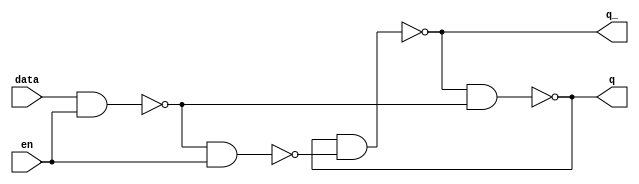
`timescale 1ns / 1ps
//////////////////////////////////////////////////////////////////////////////////
// Company: 
// Engineer: 
// 
// Design Name: 
// Module Name: ram
// Project Name: 
// Target Devices: 
// Tool Versions: 
// Description: 
// 
// Dependencies: 
// 
// Revision:
// Revision 0.01 - File Created
// Additional Comments:
// 
//////////////////////////////////////////////////////////////////////////////////

//d_latch
module d_latch(
input data, en,
output q, q_
);

wire r, s;
nand na0(s, data, en);
nand na1(r, s, en);
nand na2(q, q_, s);
nand na3(q_, q, r);

endmodule  

//ram_cell module
module ram_cell(
input data, //       
input cs,
input wr, //wr:1(write), wr:0(read)
output out
);

wire q, q_;
d_latch d1(data, cs&wr, q, q_);

assign out = cs ? q : 1'bz;
endmodule

//RAM module
module ram(
input wr,
input [1:0] addr,
input [3:0] in_data,
output [3:0] out_data
);

wire [0:3]ad_line;

and(ad_line[0], ~addr[0], ~addr[1]);
and(ad_line[1],  ~addr[0], addr[1]);
and(ad_line[2], addr[0],  ~addr[1]);
and(ad_line[3],  addr[0],  addr[1]);

ram_cell r0_3(in_data[3], ad_line[0], wr, out_data[3]);
ram_cell r0_2(in_data[2], ad_line[0], wr, out_data[2]);
ram_cell r0_1(in_data[1], ad_line[0], wr, out_data[1]);
ram_cell r0_0(in_data[0], ad_line[0], wr, out_data[0]);

ram_cell r1_3(in_data[3], ad_line[1], wr, out_data[3]);
ram_cell r1_2(in_data[2], ad_line[1], wr, out_data[2]);
ram_cell r1_1(in_data[1], ad_line[1], wr, out_data[1]);
ram_cell r1_0(in_data[0], ad_line[1], wr, out_data[0]);

ram_cell r2_3(in_data[3], ad_line[2], wr, out_data[3]);
ram_cell r2_2(in_data[2], ad_line[2], wr, out_data[2]);
ram_cell r2_1(in_data[1], ad_line[2], wr, out_data[1]);
ram_cell r2_0(in_data[0], ad_line[2], wr, out_data[0]);

ram_cell r3_3(in_data[3], ad_line[3], wr, out_data[3]);
ram_cell r3_2(in_data[2], ad_line[3], wr, out_data[2]);
ram_cell r3_1(in_data[1], ad_line[3], wr, out_data[1]);
ram_cell r3_0(in_data[0], ad_line[3], wr, out_data[0]);

endmodule